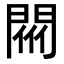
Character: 𨴟